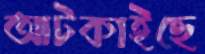
আটকাইছে